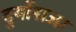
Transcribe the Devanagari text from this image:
दुर्योराजा